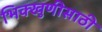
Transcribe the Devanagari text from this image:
भिक्खुणीसाठी